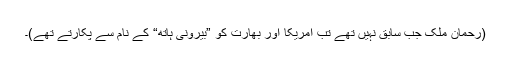
(رحمان ملک جب سابق نہیں تھے تب امریکا اور بھارت کو ”بیرونی ہاتھ“ کے نام سے پکارتے تھے)۔